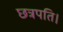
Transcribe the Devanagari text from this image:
छत्रपति।